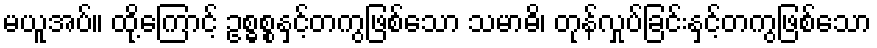
မယူအပ်။ ထို့ကြောင့် ဥစ္ဓစ္စနှင့်တကွဖြစ်သော သမာဓိ၊ တုန်လှုပ်ခြင်းနှင့်တကွဖြစ်သော